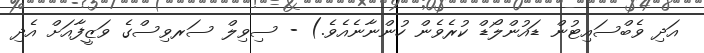
އަދި ވެބްސައިޓުން ޑައުންލޯޑް ކުރެވެން ހުންނާނެއެވެ.) - ސިވިލް ސަރވިސްގެ ވަޒީފާއަށް އެދި